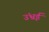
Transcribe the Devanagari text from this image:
उंभ्रई